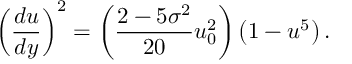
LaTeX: \left( \frac { d u } { d y } \right) ^ { 2 } = \left( \frac { 2 - 5 \sigma ^ { 2 } } { 2 0 } u _ { 0 } ^ { 2 } \right) \left( 1 - u ^ { 5 } \right) .